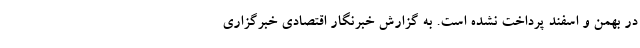
در بهمن و اسفند پرداخت نشده است. به گزارش خبرنگار اقتصادی خبرگزاری